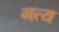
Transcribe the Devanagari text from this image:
मत्य